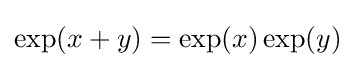
{\textstyle \exp(x+y)=\exp(x)\exp(y)}